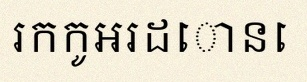
រកកូអរដោនេ